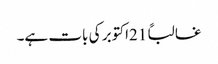
غالباً 21اکتوبر کی بات ہے۔